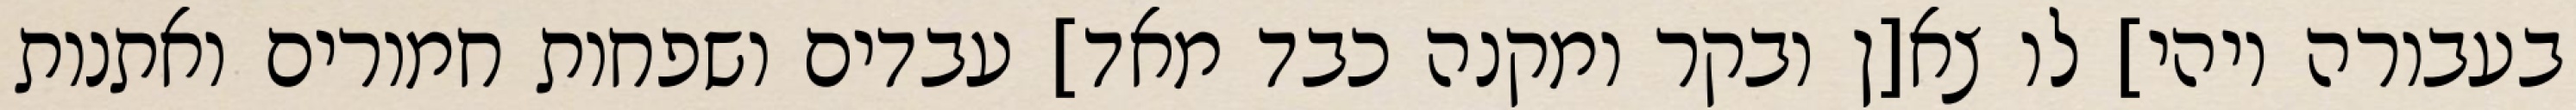
בעבורה ויהי] לו צא[ן ובקר ומקנה כבד מאד] עבדים ושפחות חמורים ואתנות